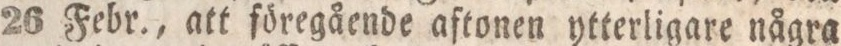
26 Febr., att föregående aftonen ytterligare några